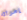
إمرأة